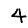
Digit: 4